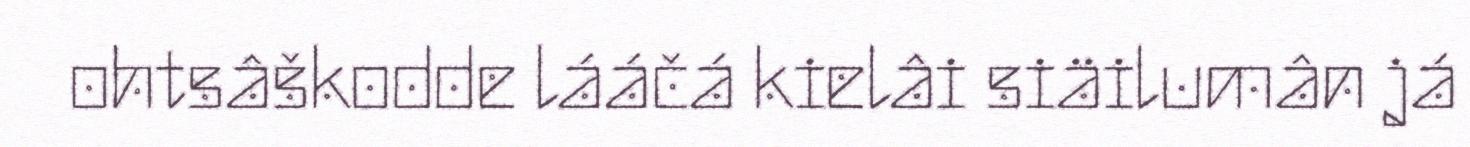
ohtsâškodde lááčá kielâi siäilumân já